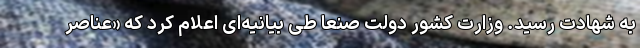
به شهادت رسید. وزارت کشور دولت صنعا طی بیانیه‌ای اعلام کرد که «عناصر